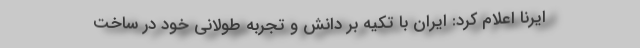
ایرنا اعلام کرد: ایران با تکیه بر دانش و تجربه طولانی خود در ساخت